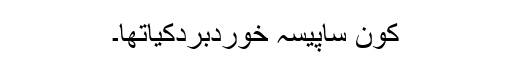
کون ساپیسہ خوردبردکیاتھا۔